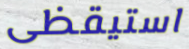
استيقظى